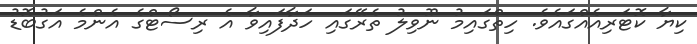
ކިޔާ ކޮޓަރިއެއްގައެވެ. ހިތްގައިމު ނޫވިލު ތެރޭގައި ހަދާފައިވާ އެ ރިސޯޓްގެ އެންމެ އަގުބޮޑު